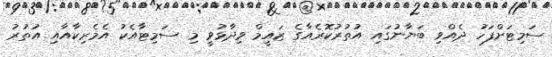
ސަމިޓަށްފަހު ދެއްވި ބަޔާނުގައި އުތުރުކޮރެއާގެ ޒައީމް ވިދާޅުވީ މި ސަމިޓާއެކު އެމެރިކާއާއި އުތުރު